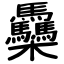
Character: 䯂